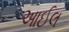
આઈલ